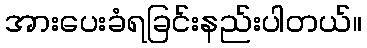
အားပေးခံရခြင်းနည်းပါတယ်။